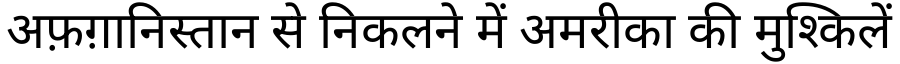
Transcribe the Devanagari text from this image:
अफ़ग़ानिस्तान से निकलने में अमरीका की मुश्किलें